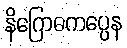
နိဂြောဓကပ္ပေန